Annual report of the Madras Medical College
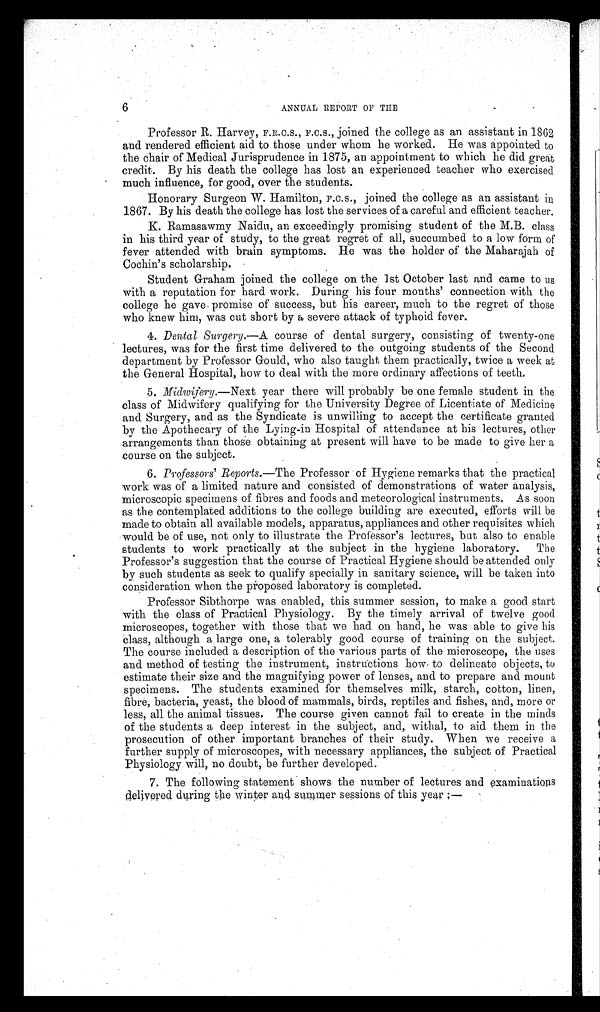
6
ANNUAL REPORT OF THE
Professor R. Harvey, F.R.C.S., F.C.S., joined the college as an assistant in 1862
and rendered efficient aid to those under whom he worked. He was appointed to
the chair of Medical Jurisprudence in 1875, an appointment to which he did great
credit. By his death the college has lost an experienced teacher who exercised
much influence, for good, over the students.
Honorary Surgeon W. Hamilton, F.C.S., joined the college as an assistant in
1867. By his death the college has lost the services of a careful and efficient teacher.
K. Ramasawmy Naidu, an exceedingly promising student of the M.B. class
in his third year of study, to the great regret of all, succumbed to a low form of
fever attended with brain symptoms. He was the holder of the Maharajah of
Cochin's scholarship.
Student Graham joined the college on the 1st October last and came to us
with a reputation for hard work. During his four months' connection with the
college he gave promise of success, but his career, much to the regret of those
who knew him, was cut short by a severe attack of typhoid fever.
4. Dental Surgery.—A course of dental surgery, consisting of twenty-one
lectures, was for the first time delivered to the outgoing students of the Second
department by Professor Gould, who also taught them practically, twice a week at
the General Hospital, how to deal with the more ordinary affections of teeth.
5.
Midwifery .—Next year there will probably be one female student in the
class of Midwifery qualifying for the University Degree of Licentiate of Medicine
and Surgery, and as the Syndicate is unwilling to accept the certificate granted
by the Apothecary of the Lying-in Hospital of attendance at his lectures, other
arrangements than those obtaining at present will have to be made to give her a
course on the subject.
6. Professors' Reports.—The Professor of Hygiene remarks that the practical
work was of a limited nature and consisted of demonstrations of water analysis,
microscopic specimens of fibres and foods and meteorological instruments. As soon
as the contemplated additions to the college building are executed, efforts will be
made to obtain all available models, apparatus, appliances and other requisites which
would be of use, not only to illustrate the Professor's lectures, but also to enable
students to work practically at the subject in the hygiene laboratory. The
Professor's suggestion that the course of Practical Hygiene should be attended only
by such students as seek to qualify specially in sanitary science, will be taken into
consideration when the proposed laboratory is completed.
Professor Sibthorpe was enabled, this summer session, to make a good start
with the class of Practical Physiology. By the timely arrival of twelve good
microscopes, together with those that we had on hand, he was able to give his
class, although a large one, a tolerably good course of training on the subject.
The course included a description of the various parts of the microscope, the uses
and method of testing the instrument, instructions how to delineate objects, to
estimate their size and the magnifying power of lenses, and to prepare and mount
specimens. The students examined for themselves milk, starch, cotton, linen,
fibre, bacteria, yeast, the blood of mammals, birds, reptiles and fishes, and, more or
less, all the animal tissues. The course given cannot fail to create in the minds
of the students a deep interest in the subject, and, withal, to aid them in the
prosecution of other important branches of their study. When we receive a
further supply of microscopes, with necessary appliances, the subject of Practical
Physiology will, no doubt, be further developed.
7. The following statement shows the number of lectures and examinations
delivered during the winter and summer sessions of this year ;—